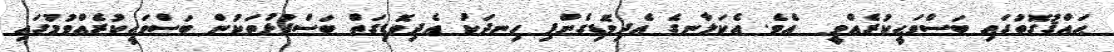
ޙައްޤުގޮތުގައި ބަސްވަޙީކުރެއްވީ  އެވެ. އެކަލާނގެ އެދިވޮޑިގެންފި ހިނދަކު އެދިވޮޑިގަތް ބަސްފުޅުތަކުން ބަސްވަޙީކުރެއްވުމުގައި